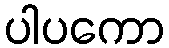
ပါပကော